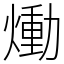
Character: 㷲